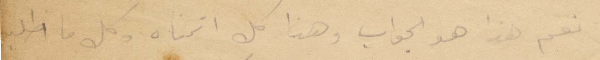
نعم هذا هو الجواب وهذا كل اتمناه وكل ما اطلب